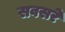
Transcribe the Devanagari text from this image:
सवसरे